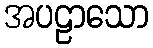
အပဠာသော